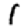
Digit: 1